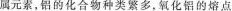
属元素，铝的化合物种类繁多，氧化铝的熔点